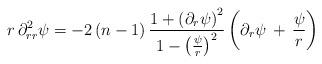
LaTeX: \begin{align*}r\,\partial_{rr}^{2}\psi=-2\left(n-1\right)\frac{1+\left(\partial_{r}\psi\right)^{2}}{1-\left(\frac{\psi}{r}\right)^{2}}\left(\partial_{r}\psi\,+\,\frac{\psi}{r}\right)\end{align*}